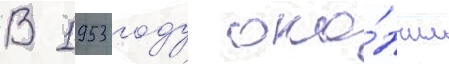
В 1953 году око́нчил